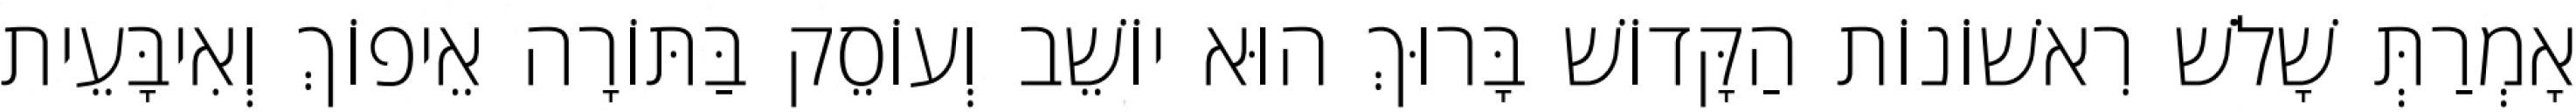
אָמְרַתְּ שָׁלֹשׁ רִאשׁוֹנוֹת הַקָּדוֹשׁ בָּרוּךְ הוּא יוֹשֵׁב וְעוֹסֵק בַּתּוֹרָה אֵיפוֹךְ וְאִיבָּעֵית